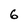
Character: 6